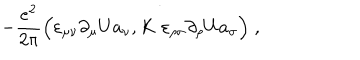
- \frac { e ^ { 2 } } { 2 \pi } \Big ( \varepsilon _ { \mu \nu } \partial _ { \mu } U a _ { \nu } , K \; \varepsilon _ { \rho \sigma } \partial _ { \rho } U a _ { \sigma } \Big ) \; ,